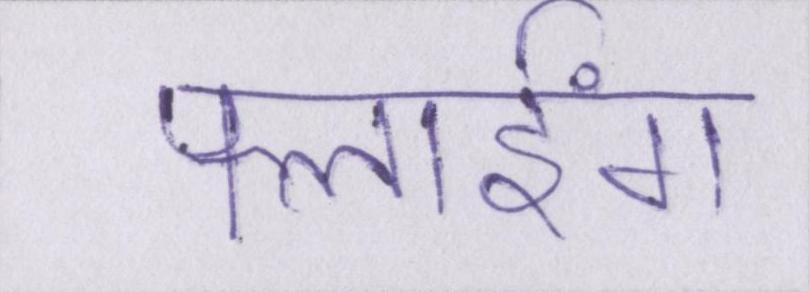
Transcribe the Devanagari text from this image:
फ्लाईंग